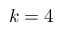
k = 4